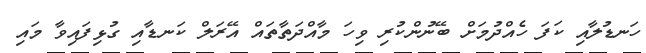
ހަނޑުލާއި ކަފަ ހެއްދުމަށް ބޭނުންކުރި ވިހަ މާއްދަތާތައް އޭރަލް ކަނޑާއި ގުޅިފައިވާ މައި